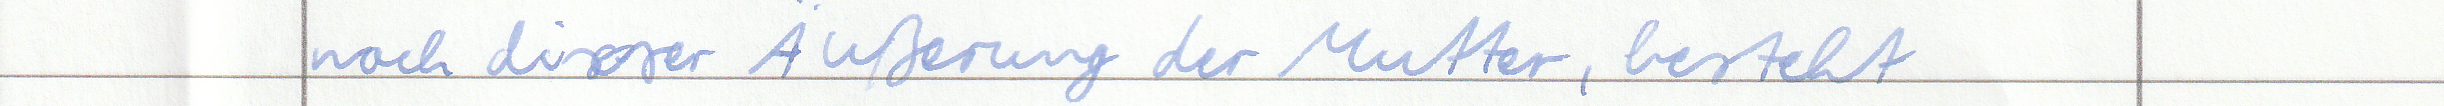
nach dieser Äußerung der Mutter, besteht